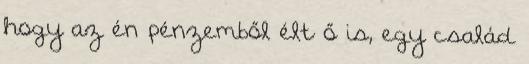
hogy az én pénzemből élt ő is, egy család